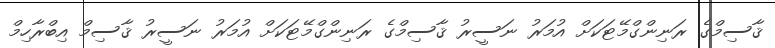
ޤާސިމްގެ ރަނިންގްމޭޓަކަށް އުމަރު ނަސީރު ޤާސިމްގެ ރަނިންގްމޭޓަކަށް އުމަރު ނަސީރު ޤާސިމް އިބްރާހިމް